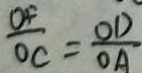
\frac { O F } { O C } = \frac { O D } { O A }